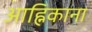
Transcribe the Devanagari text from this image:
आह्निकाना